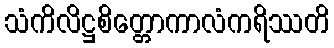
သံကိလိဋ္ဌစိတ္တောကာလံကရိဿတိ